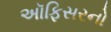
અૉફિસરનો